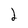
Character: 2